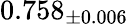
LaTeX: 0.758_{\pm 0.006}